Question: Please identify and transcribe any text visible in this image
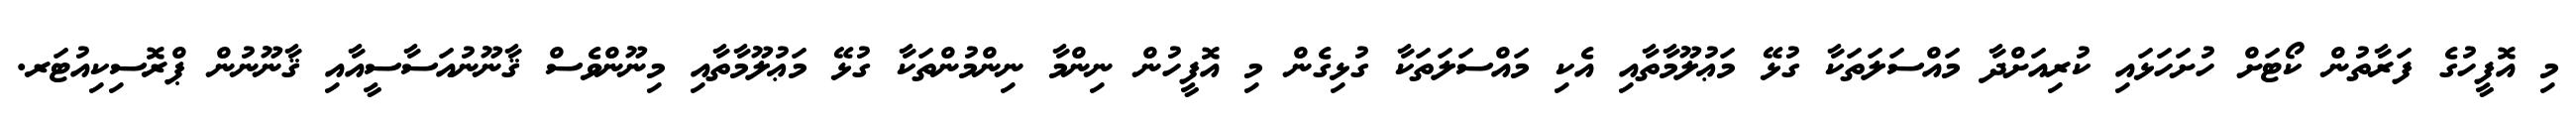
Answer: މި އޮފީހުގެ ފަރާތުން ކޯޓަށް ހުށަހަޅައި ކުރިއަށްދާ މައްސަލަތަކާ ގުޅޭ މަޢުލޫމާތާއި އެކި މައްސަލަތަކާ ގުޅިގެން މި އޮފީހުން ނިންމާ ނިންމުންތަކާ ގުޅޭ މަޢުލޫމާތާއި މިނޫންވެސް ޤާނޫނުއަސާސީއާއި ޤާނޫނުން ޕްރޮސިކިއުޓަރ.